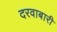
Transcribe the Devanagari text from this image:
दरवाबारी